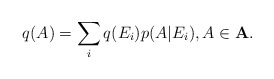
\begin{align*}q(A)=\sum_iq(E_i)p(A|E_i), A \in \bf{A}.\end{align*}